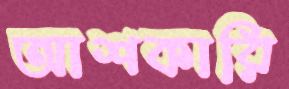
আশকারি